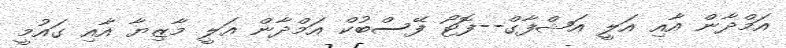
އަމްދާން އާއި އަލީ އަޝްފާގް--ފޮޓޯ ފޭސްބުކް އަމްދާން އަލީ މާޒިޔާ އާއި ގައުމީ